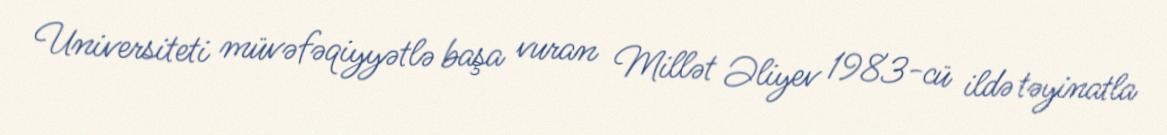
Universiteti müvəfəqiyyətlə başa vuran Millət Əliyev 1983-cü ildə təyinatla